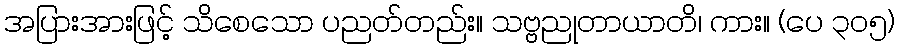
အပြားအားဖြင့် သိစေသော ပညတ်တည်း။ သဗ္ဗညုတာယာတိ၊ ကား။ (ပေ ၃၀၅)